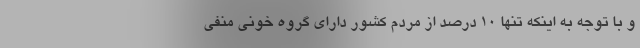
و با توجه به اینکه تنها ۱۰ درصد از مردم کشور دارای گروه خونی منفی